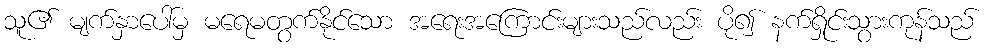
သူ၏ မျက်နှာပေါ်မှ မရေမတွက်နိုင်သော အရေးအကြောင်းများသည်လည်း ပို၍ နက်ရှိုင်းသွားကုန်သည်